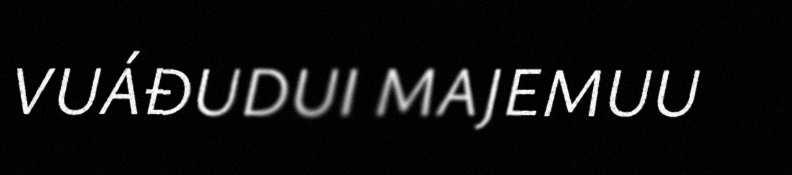
VUÁĐUDUI MAJEMUU